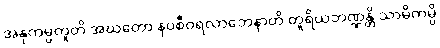
အနုကမ္ပတူတိ အဃတော နဝစီဝရလာဘေနာတိ တူရိယဘဏ္ဍန္တိ သာမိကမ္ပိ